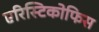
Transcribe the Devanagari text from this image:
एरिस्टिकोफिस